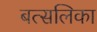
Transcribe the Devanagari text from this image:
बत्सलिका